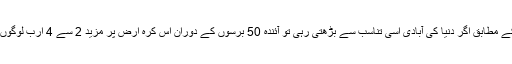
ماہرین کے اندازوں کے مطابق اگر دنیا کی آبادی اسی تناسب سے بڑھتی رہی تو آئندہ 50 برسوں کے دوران اس کرہ ارض پر مزید 2 سے 4 ارب لوگوں کا اضافہ ہوجائے گا۔